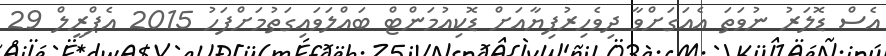
އެސް ޑޮލަރު ނުވަތަ އެއަގަށްވާ ދިވެހިރުފިޔާއަށް ޑޮކިއުމަންޓް ބައްލަވައިގަތުމަށްފަހު 2015 އެޕްރީލް 29